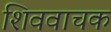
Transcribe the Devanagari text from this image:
शिववाचक